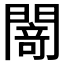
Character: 𨵎